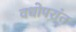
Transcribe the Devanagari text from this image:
वधोपरांत